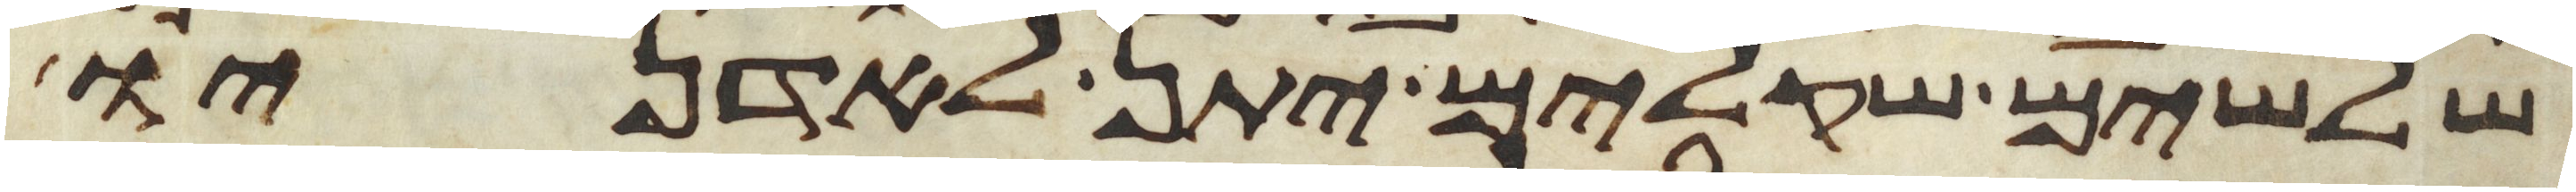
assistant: שלשים שקלים יתן לאדניו